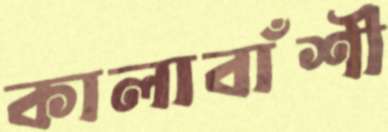
কালাবাঁশী